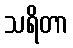
သရိတာ